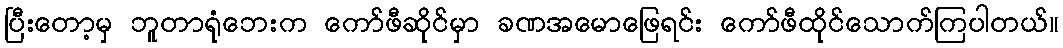
ပြီးတော့မှ ဘူတာရုံဘေးက ကော်ဖီဆိုင်မှာ ခဏအမောဖြေရင်း ကော်ဖီထိုင်သောက်ကြပါတယ်။